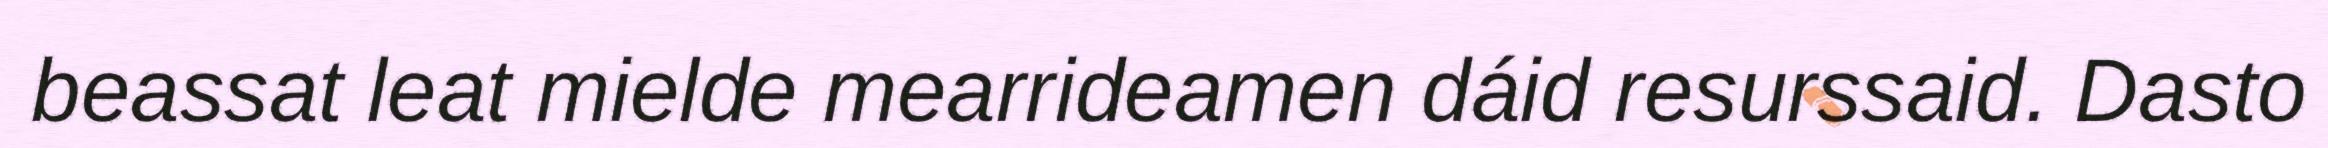
beassat leat mielde mearrideamen dáid resurssaid. Dasto